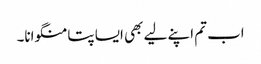
اب تم اپنے لیے بھی ایسا پتا منگوانا۔